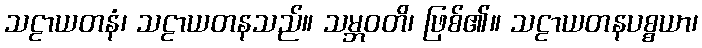
သဠာယတနံ၊ သဠာယတနသည်။ သမ္ဘဝတိ၊ ဖြစ်၏။ သဠာယတနပစ္စယာ၊